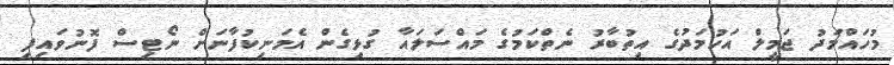
މުހައްމަދު ޖަމީލް އަހުމަދުގެ އިތުބާރު ނެތްކަމުގެ މައްސަލައާ ގުޅިގެން އެމަނިކުފާނަށް ނޯޓިސް ފޮނުވައިފި